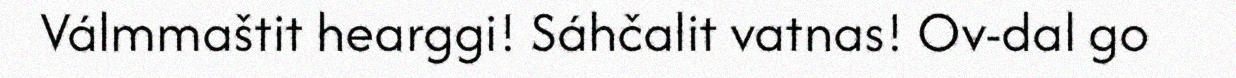
Válmmaštit hearggi! Sáhčalit vatnas! Ov-dal go